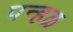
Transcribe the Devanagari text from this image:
पन्हळ